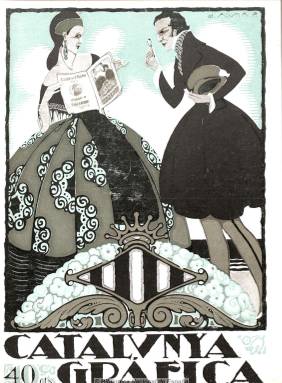
Título: Catalunya gràfica
Otros títulos: Catalvnya gráfica || Cataluña gráfica
Colección: Revistas de información general
Ámbito geográfico: Barcelona
Lugar de publicación: Barcelona
Fechas: 10/01/1922-01/04/1923

Subtitulada “revista catalana d’informació nacional i extrangera”, escrita completamente en lengua catalana y de carácter nacionalista, fue fundada y dirigida por Joan Guasch i Rius. Su periodicidad pasará de decenal y quincenal a mensual, de 28 a 36 páginas, contiene numerosos recursos gráficos (fotografías y grabados) y artículos de política, historia, costumbres, bellas artes, urbanismo, deportes, así como partituras musicales, narraciones literarias y teatrales, composiciones poéticas y anuncios publicitarios. Su portada es siempre un dibujo a color.

Publicó un número extraordinario dedicado al poeta mosén Jacinto Verdaguer (1845-1902) y al maestro Antonio Nicolau (1858-1933).

Entre sus colaboradores estuvieron: el escritor e historiador Francesc Carreras y Candi (1862-1937); el poeta y escritor mosén Llorenç Riber (1881-1958); el poeta, músico y crítico Joan Llongueras (1880-1853), el ingeniero y político Manuel Folguera i Duran (1867-1951), así como E. Llorens Ferrer y Joan Mir.

También publicaron en sus páginas el escritor mosén Josep Cardona (1871-1934); Alfred Romea (1883-1955); el escritor  Ventura Gassol (1893-1980); el dramaturgo Ignasi Iglesias (1871-1928); el periodista y poeta Josep Carner (1884-1970); mosén Anton Navarro (1869-1936); el poeta y bibliógrafo Lluís Bertran i Pijoan (1892-1959), y el escritor Joaquím Ruyra y Oms (1858-1939), así como mosén Andreu Caimart y Pere Matheu.

Existe una colección completa de este título en la hemeroteca del Archivo Histórico de la Ciudad de Barcelona.